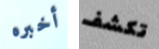
أخبره تكشف